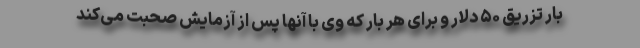
بار تزریق ۵۰ دلار و برای هر بار که وی با آنها پس از آزمایش صحبت می‌کند